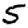
Digit: 5